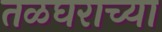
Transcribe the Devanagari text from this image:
तळघराच्या